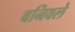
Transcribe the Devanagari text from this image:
बनिवले